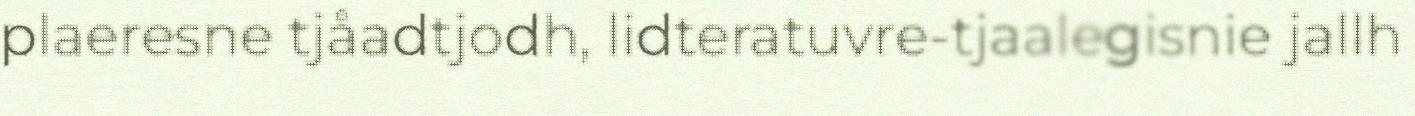
plaeresne tjåadtjodh, lidteratuvre-tjaalegisnie jallh